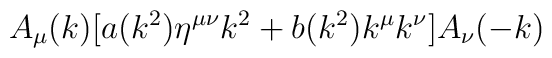
A_\mu (k) [ a(k^2) \eta^{\mu \nu} k^2  + b(k^2) k^\mu k^\nu ] A_\nu (-k)